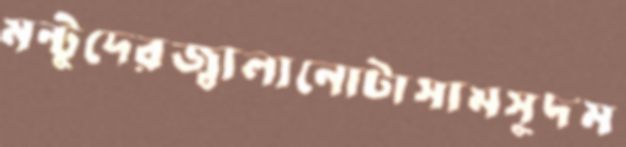
মন্টুদেরজ্বালানোটাসামসুদম